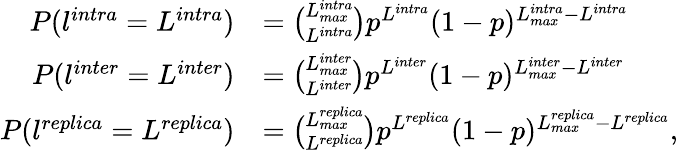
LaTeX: \begin{array}{rl}{P(l^{intra}=L^{intra})}&{=\binom{L_{max}^{intra}}{L^{intra}}p^{L^{intra}}(1-p)^{L_{max}^{intra}-L^{intra}}}\\ {P(l^{inter}=L^{inter})}&{=\binom{L_{max}^{inter}}{L^{inter}}p^{L^{inter}}(1-p)^{L_{max}^{inter}-L^{inter}}}\\ {P(l^{replica}=L^{replica})}&{=\binom{L_{max}^{replica}}{L^{replica}}p^{L^{replica}}(1-p)^{L_{max}^{replica}-L^{replica}},}\end{array}